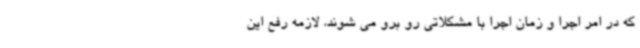
که در امر اجرا و زمان اجرا با مشکلاتی رو برو می شوند، لازمه رفع این